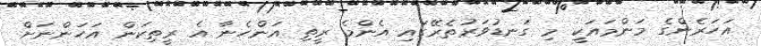
އަހަރެންގެ މަންމައަކީ މި ގަނޑުވަރުތެރޭގައި އެންމެ ރީތި އަންހެނާ އެ ރީތިކަން އަހަންނަށް